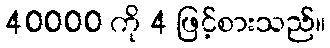
40000 ကို 4 ဖြင့်စားသည်။